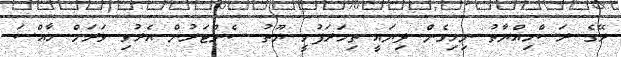
ރޭގެ ރަސްމިއްޔާތު ނިމިގެން ދިޔައީ ތިމަރަފުށީ ޔޫތު ސެންޓަރުން އެރުވި ވަރަށް ހާއްސަ